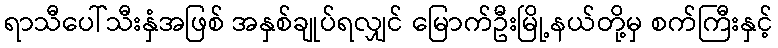
ရာသီပေါ်သီးနှံအဖြစ် အနှစ်ချုပ်ရလျှင် မြောက်ဦးမြို့နယ်တို့မှ စက်ကြီးနှင့်